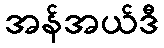
အန်အယ်ဒီ